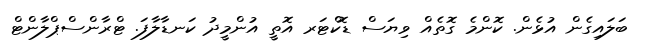
ބަލައިގެން އުޅެން. ކޮންމެ ގޮތެއް ވިޔަސް ޑޮކްޓަރ އޮތީ އުންމީދު ކަނޑާލާފަ. ޓްރާންސްޕްލާންޓް